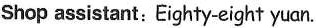
Shop assistant: Eighty-eight yuan.